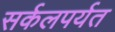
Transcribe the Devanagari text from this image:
सर्कलपर्यत